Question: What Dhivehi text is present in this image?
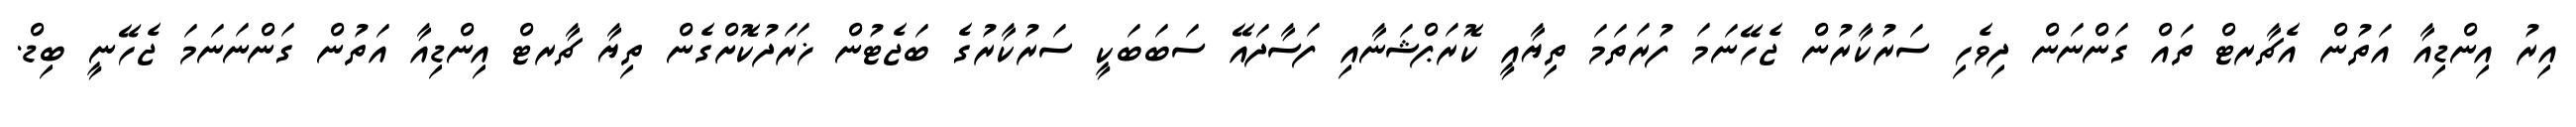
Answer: އިރު އިންޑިއާ އަތުން އެޗާރޓް ތައް ގަންނަން ދިވެހި ސަރުކާރުން ޖެހޭނަމަ ފުރަތަމަ ތިޔާއީ ކޮރަޕްޝަނާއި ފަސާދައޭ ސަބަބަކީ ސަރުކާރުގެ ބަޖެޓުން ޚަރަދުކޮށްގެން ތިޔާ ޗާރޓް އިންޑިއާ އަތުން ގަންނަނަމަ ޖެހޭނީ ބިޑް.